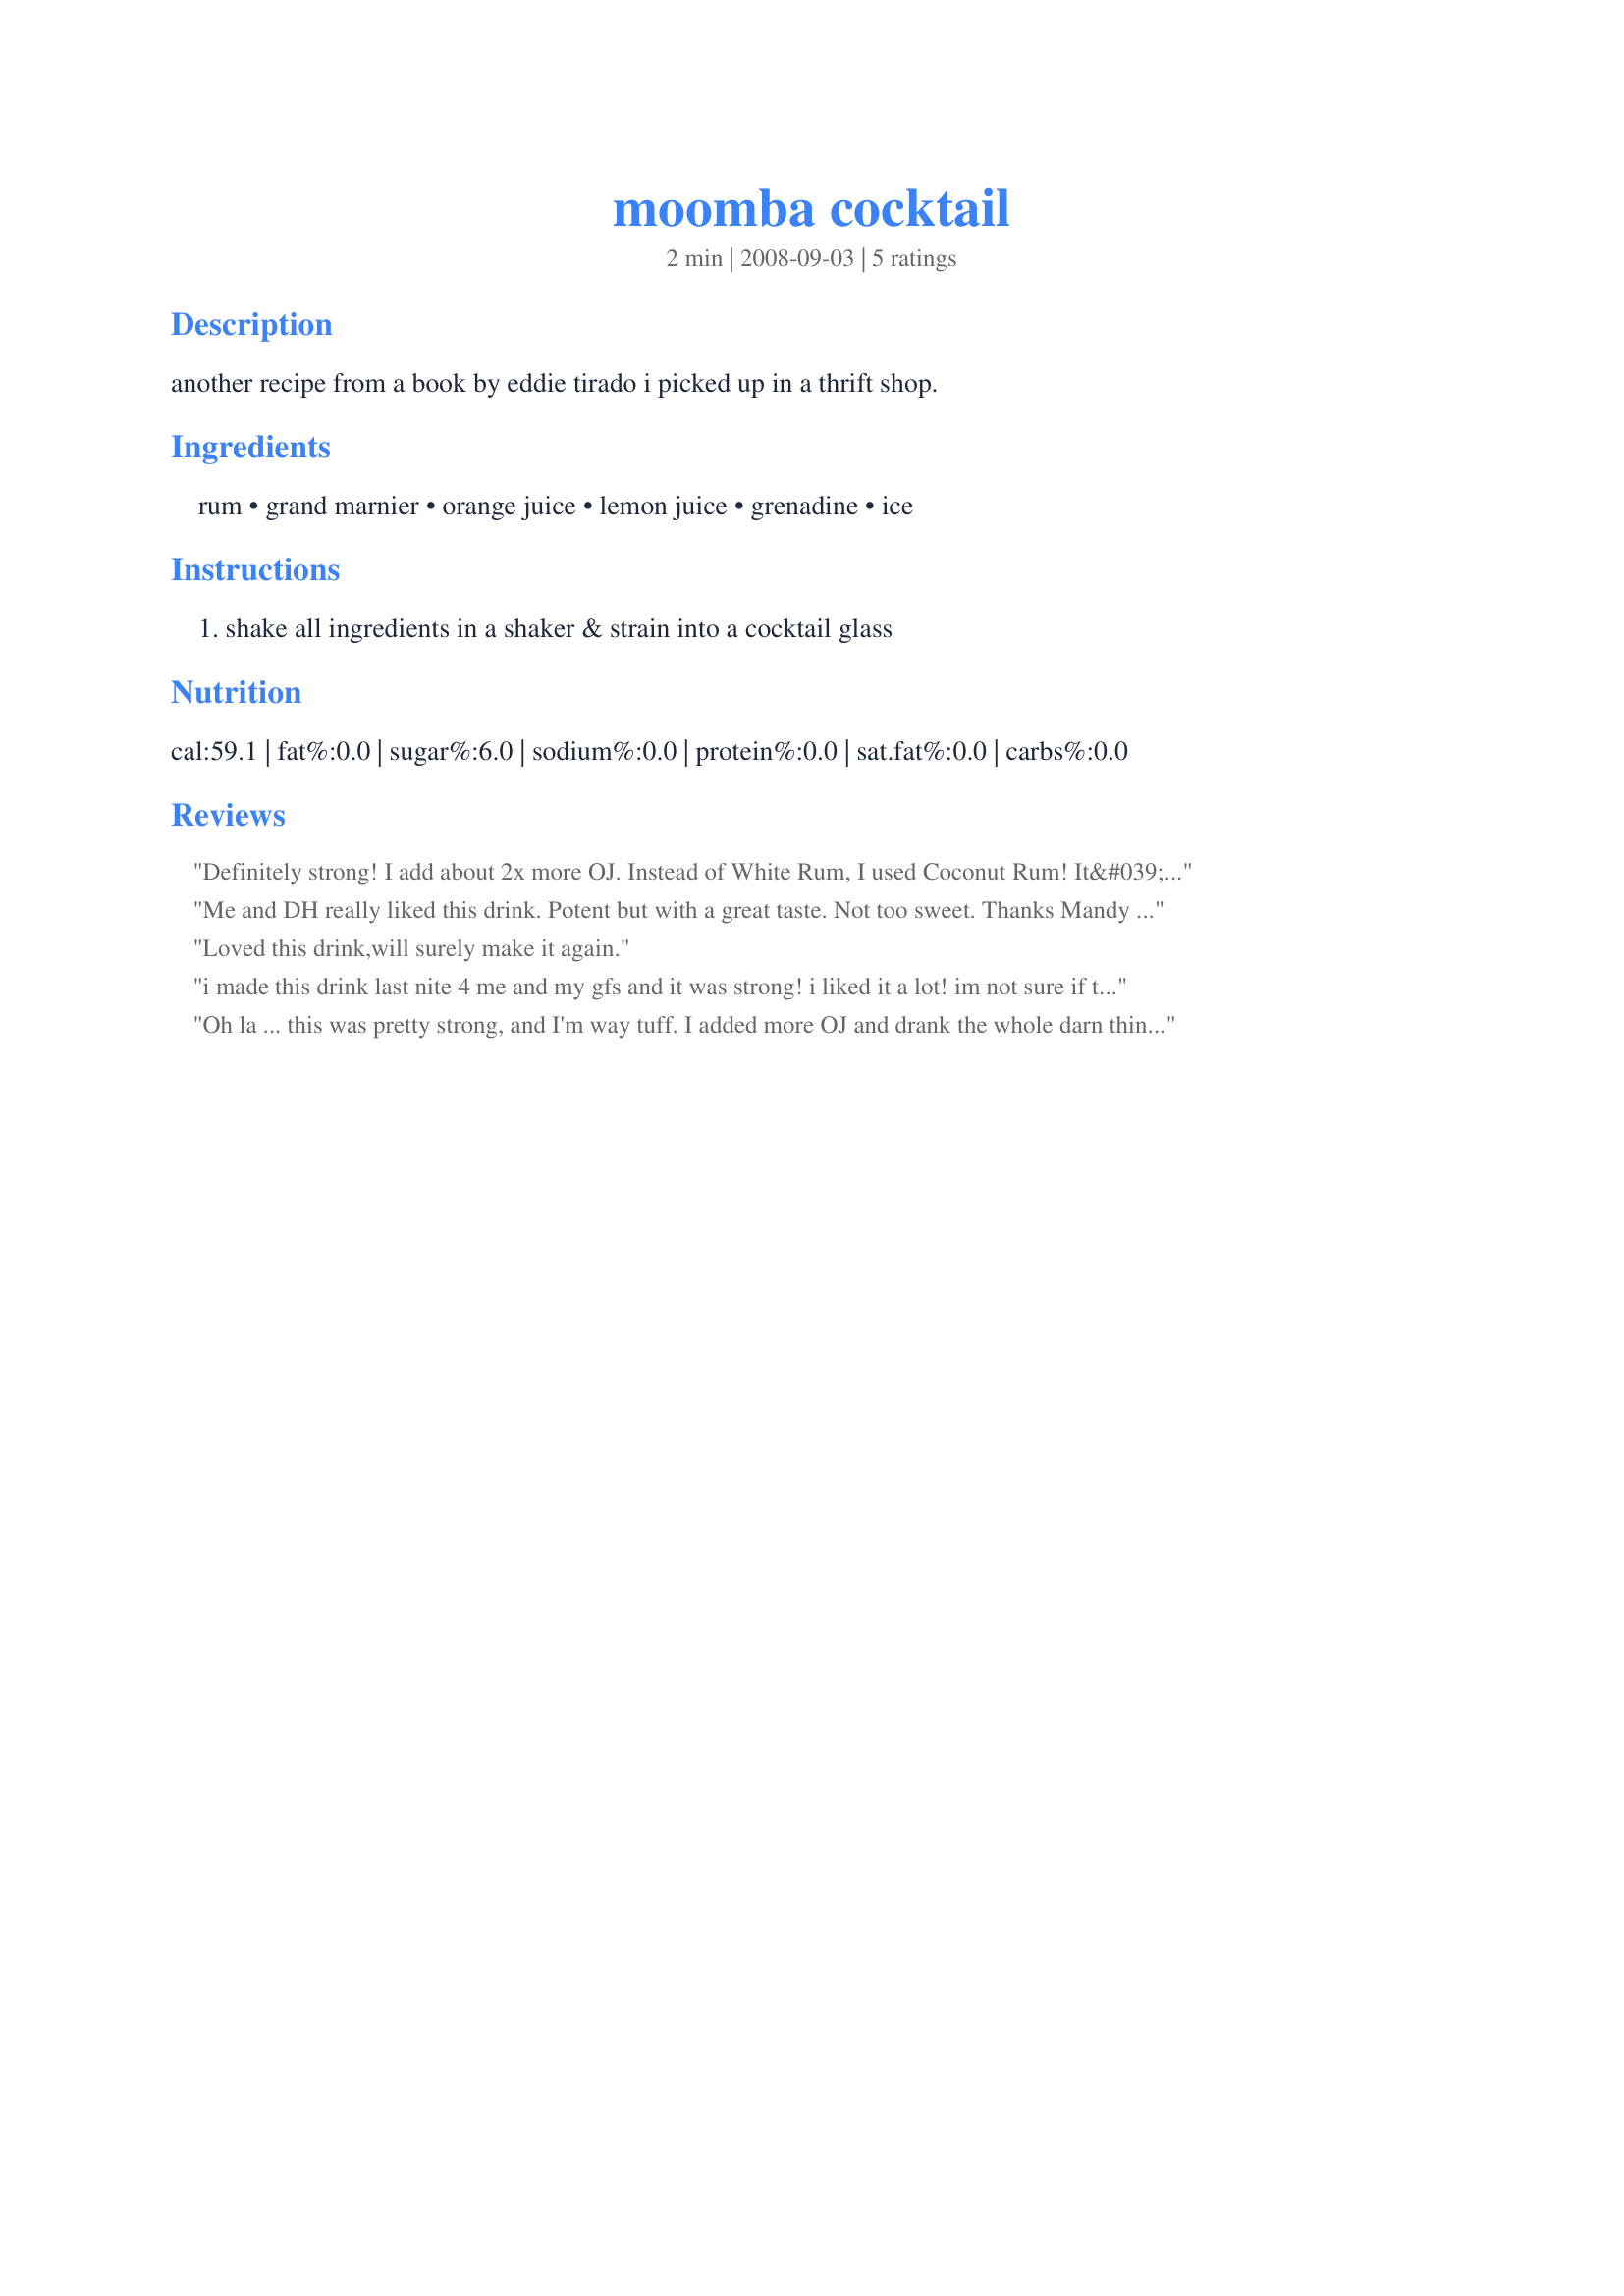
moomba cocktail
Preparation time: 2 minutes

another recipe from a book by eddie tirado i picked up in a thrift shop.

Ingredients:
rum, grand marnier, orange juice, lemon juice, grenadine, ice

Steps:
shake all ingredients in a shaker & strain into a cocktail glass

Reviews:
Definitely strong! I add about 2x more OJ. Instead of White Rum, I used Coconut Rum! It&#039;s a bit sweeter but with a different twist
Me and DH really liked this drink. Potent but with a great taste. Not too sweet. Thanks Mandy :) Made for Bevy tag
Loved this drink,will surely make it again.
i made this drink last nite 4 me and my gfs and it was strong! i liked it a lot! im not sure if the conversions got a little mixed up when i changed it to US but i had to add more orange juice to mine! i like all the ingredients and they blend really well together! made for bevy tag
Oh la ... this was pretty strong, and I'm way tuff. I added more OJ and drank the whole darn thing. LOL Made for everyday's a holiday.
